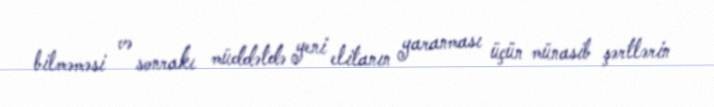
bilməməsi və sonrakı müddətdə yeni elitanın yaranması üçün münasib şərtlərin